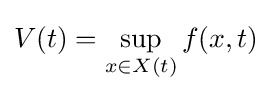
V(t)=\sup _{x\in X\left(t\right)}f(x,t)